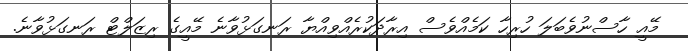
މޭއީ ހާސްނުވެބަލަ ހުރިހާ ކަމެއްވެސް އިރާދަކުރެއްވިއްޔާ ރަނގަޅުވާނެ މޭއީގެ ރިޒަލްޓް ރަނގަޅުވާނެ.